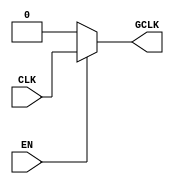
module static_clock_gating (
    input wire CLK,     // Primary clock signal
    input wire EN,      // Enable signal for clock gating
    output reg GCLK     // Gated clock output
);

// Gating logic
always @(*) begin
    if (EN) begin
        GCLK = CLK;     // Pass the clock when EN is high
    end else begin
        GCLK = 1'b0;    // Hold GCLK low when EN is low
    end
end

endmodule